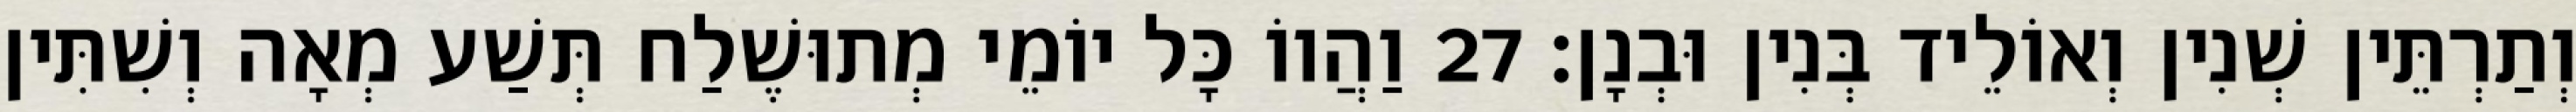
וְתַרְתֵּין שְׁנִין וְאוֹלֵיד בְּנִין וּבְנָן׃ 27 וַהֲווֹ כָּל יוֹמֵי מְתוּשֶׁלַח תְּשַׁע מְאָה וְשִׁתִּין